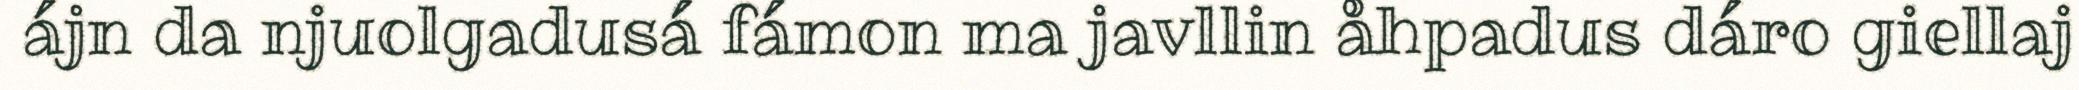
ájn da njuolgadusá fámon ma javllin åhpadus dáro giellaj